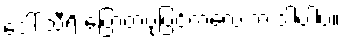
ဒေါ် သီရိ ပြောတဲ့ပုံပြင်ကလေးက ဒါပါပဲ။